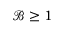
\mathcal { B } \geq 1